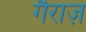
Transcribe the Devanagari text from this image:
गैराज़